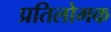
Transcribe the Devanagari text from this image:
प्रतिलोमक